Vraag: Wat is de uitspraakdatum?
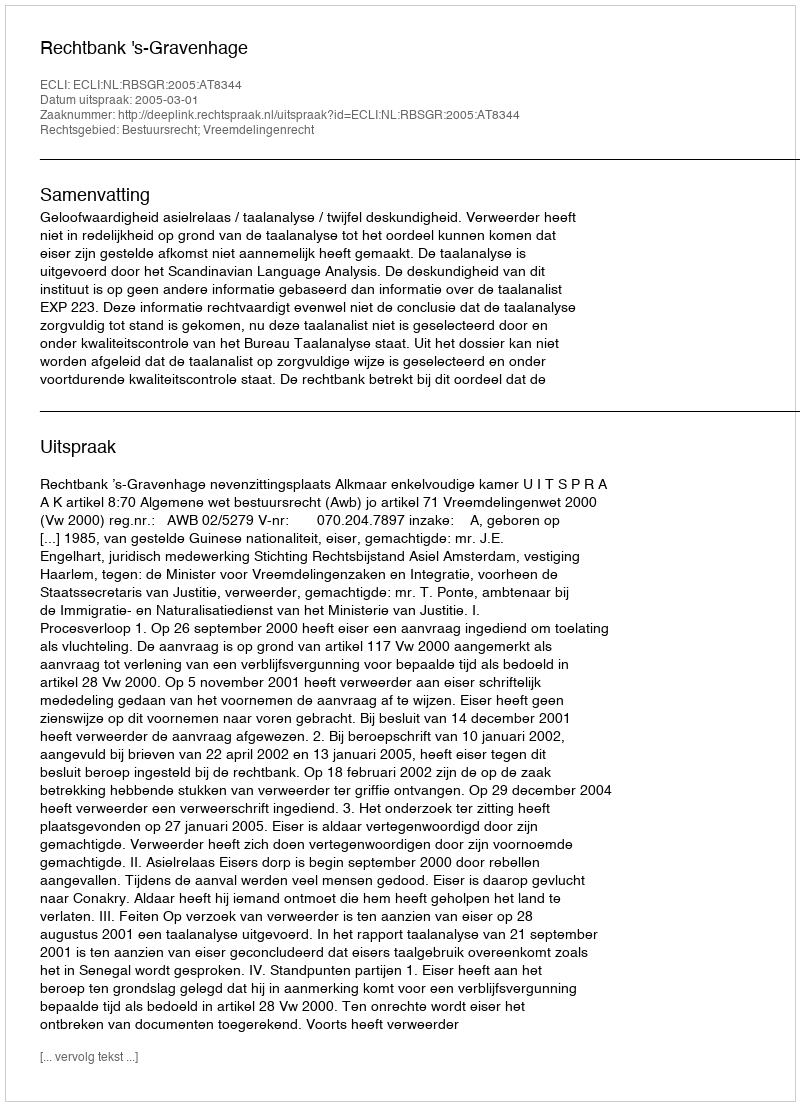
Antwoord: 2005-03-01